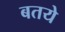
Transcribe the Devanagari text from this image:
बतये